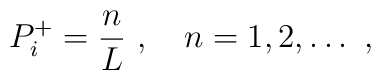
P^+_i = \frac{n}{L}  \ ,\quad n=1,2,\dots\ ,